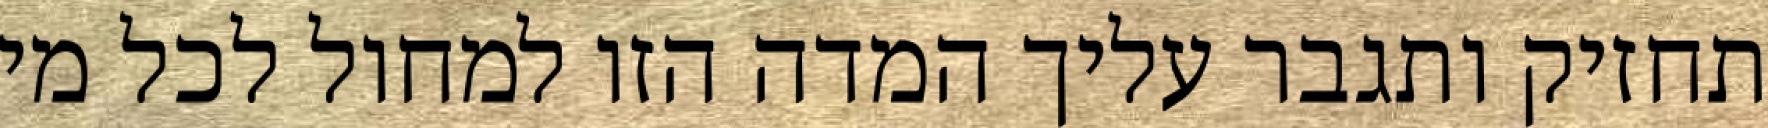
תחזיק ותגבר עליך המדה הזו למחול לכל מי